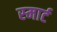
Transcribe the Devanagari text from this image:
स्‍मार्ट